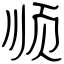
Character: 顺